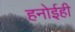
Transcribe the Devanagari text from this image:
हनोईही